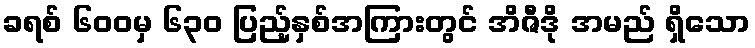
ခရစ် ၆၀၀မှ ၆၃၀ ပြည့်နှစ်အကြားတွင် အိဇီဒို အမည် ရှိသော